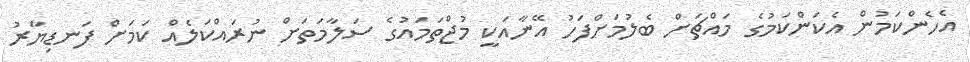
އެހެންކަމުން އެކަންކަމުގެ މައްޗަށް ބެލުމަށްފަހު އޭނާއަކީ މުޖްތަމައުގެ ސަލާމަތަށް ނުރައްކަލެއް ކަމަށް ފަނޑިޔާރު